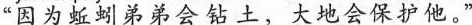
“因为蚯蚓弟弟会钻土，大地会保护他。”